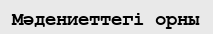
Мәдениеттегі орны